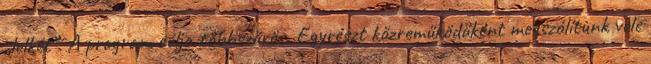
„lelkét”. A program célja többszörös. Egyrészt közreműködőként megszólítunk vele